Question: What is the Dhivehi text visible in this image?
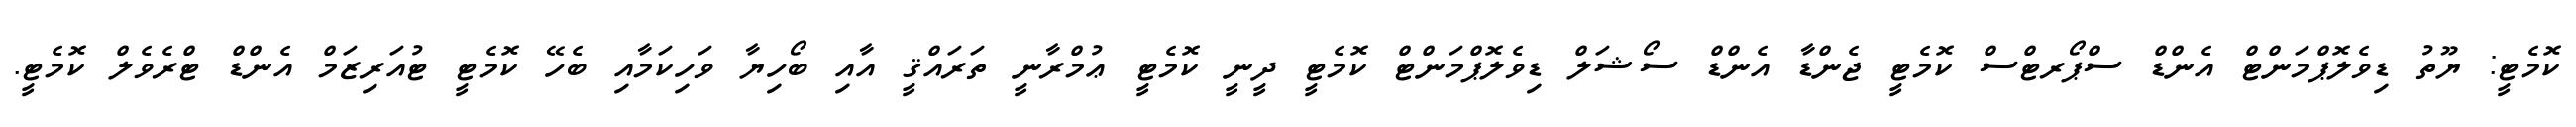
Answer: ކޮމެޓީ: ޔޫތު ޑިވެލޮޕްމަންޓް އެންޑް ސްޕޯރޓްސް ކޮމެޓީ ޖެންޑާ އެންޑް ސޯޝަލް ޑިވެލޮޕްމަންޓް ކޮމެޓީ ދީނީ ކޮމެޓީ ޢުމްރާނީ ތަރައްޤީ އާއި ބޯހިޔާ ވަހިކަމާއި ބެހޭ ކޮމެޓީ ޓުއަރިޒަމް އެންޑް ޓްރެވެލް ކޮމެޓީ.